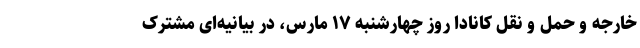
خارجه و حمل و نقل کانادا روز چهارشنبه ۱۷ مارس، در بیانیه‌ای مشترک